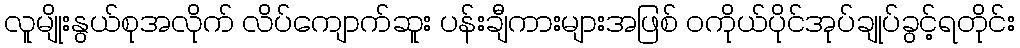
လူမျိုးနွယ်စုအလိုက် လိပ်ကျောက်ဆူး ပန်းချီကားများအဖြစ် ဝကိုယ်ပိုင်အုပ်ချုပ်ခွင့်ရတိုင်း